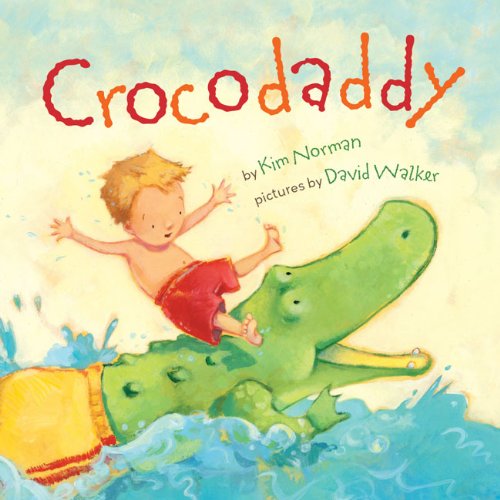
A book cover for Crocodaddy; Kim Norman; Children's Books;